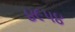
૪૯૫૪